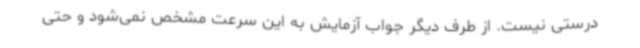
درستی نیست. از طرف دیگر جواب آزمایش به این سرعت مشخص نمی‌شود و حتی